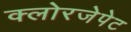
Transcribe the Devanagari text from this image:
क्लोरजेपेट